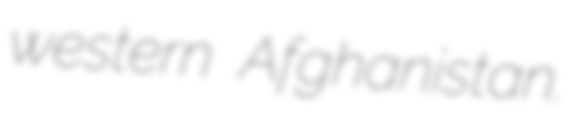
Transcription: western Afghanistan.